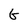
Character: G